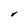
Character: V